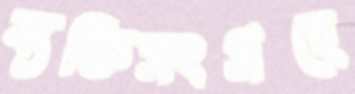
ব্যক্তিসংগ্রহে